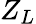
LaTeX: Z_{L}